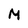
Character: M